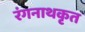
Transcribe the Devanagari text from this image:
रंगनाथकृत